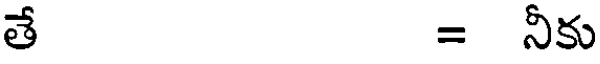
తే = నీకు